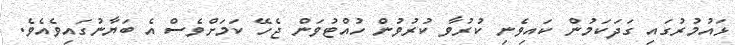
ޅައުމުރުގައި ގަދަކަމުން ކައިވެނި ކުރުވާ ކުރުވުން ހުއްޓުވަން ޖެހޭ ކަމަށްވެސް އެ ބަޔާނުގައިވެއެވެ.